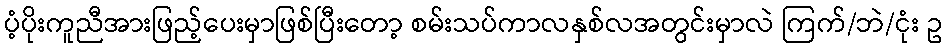
ပံ့ပိုးကူညီအားဖြည့်ပေးမှာဖြစ်ပြီးတော့ စမ်းသပ်ကာလနှစ်လအတွင်းမှာလဲ ကြက်/ဘဲ/ငုံး ဥ